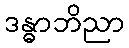
ဒန္ဓာဘိညာ